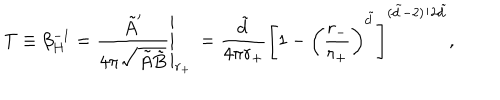
T \equiv \beta _ { H } ^ { - 1 } = \left. \frac { \tilde { A } ^ { \prime } } { 4 \pi \sqrt { \tilde { A } \tilde { B } } } \right| _ { r _ { + } } \nonumber \, = \frac { \tilde { d } } { 4 \pi r _ { + } } \left[ 1 - \left( \frac { r _ { - } } { r _ { + } } \right) ^ { \tilde { d } } \right] ^ { ( \tilde { d } - 2 ) / 2 \tilde { d } } ,